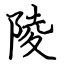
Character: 陵